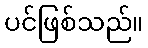
ပင်ဖြစ်သည်။